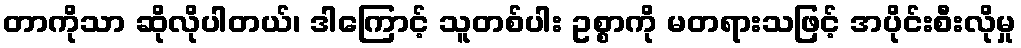
တာကိုသာ ဆိုလိုပါတယ်၊ ဒါကြောင့် သူတစ်ပါး ဥစ္စာကို မတရားသဖြင့် အပိုင်းစီးလိုမှု